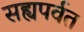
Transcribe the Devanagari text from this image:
सह्यपर्वत